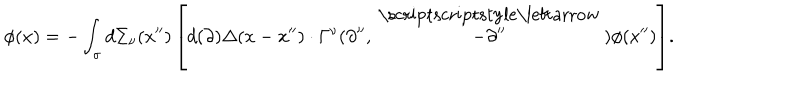
\phi ( x ) = - \int _ { \sigma } { d \Sigma _ { \nu } ( x ^ { \prime \prime } ) \left[ { d ( \partial ) \Delta ( x - x ^ { \prime \prime } ) \cdot \Gamma ^ { \nu } ( \partial ^ { \prime \prime } , \mathord { \frac { \buildrel { \lower 3 p t \mathrm { ~ \scriptscriptstyle \leftarrow ~ } } } { - \partial ^ { \prime \prime } } } ) \phi ( x ^ { \prime \prime } ) } \right] } .